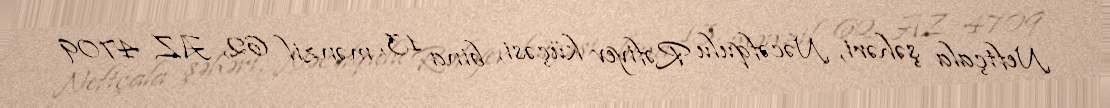
Neftçala şəhəri, Nəcəfqulu Rəfiyev küçəsi, bina 13, mənzil 62, AZ 4709